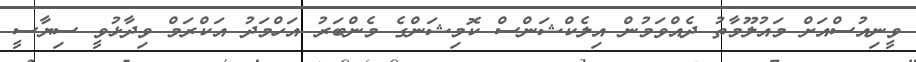
ވީނިއުސްއަށް މައުލޫމާތު ދެއްވަމުން އިލެކްޝަންސް ކޮމިޝަންގެ މެންބަރު އަހްމަދު އަކްރަމް ވިދާޅުވީ ސިޔާސީ